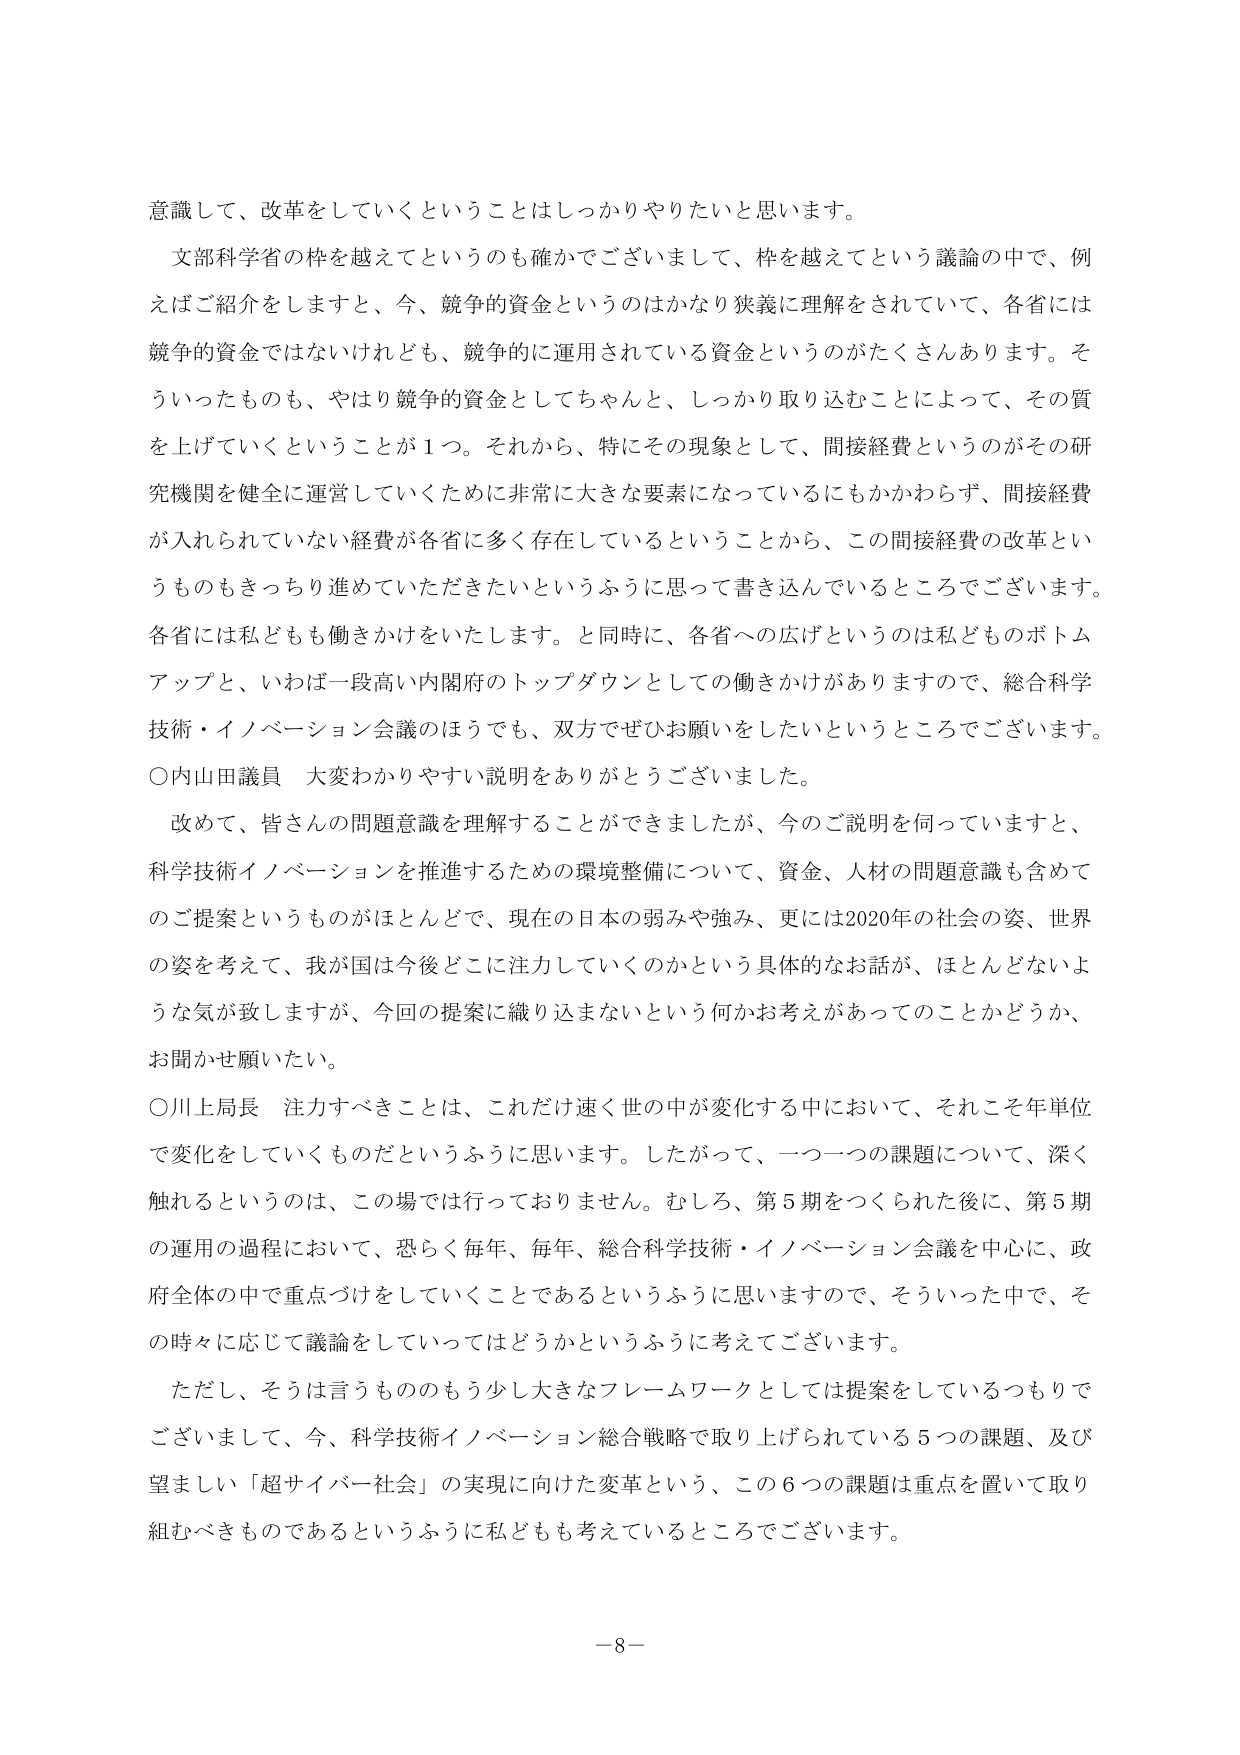
意識して、改革をしていくということはしっかりやりたいと思います。

文部科学省の枠を越えてというのも確かでございまして、枠を越えてという議論の中で、例えばご紹介をしますと、今、競争的資金というのはかなり狭義に理解をされていて、各省には競争的資金ではないけれども、競争的に運用されている資金というのがたくさんあります。そういったものも、やはり競争的資金としてちゃんと、しっかり取り込むことによって、その質を上げていくということが１つ。それから、特にその現象として、間接経費というのがその研究機関を健全に運営していくために非常に大きな要素になっているにもかかわらず、間接経費が入れられていない経費が各省に多く存在しているということから、この間接経費の改革というのもきっちり進めていただきたいというふうに思って書き込んでいるところでございます。各省には私どもも働きかけをいたします。と同時に、各省への広げというのは私どものボトムアップと、いわば一段高い内閣府のトップダウンとしての働きかけがありますので、総合科学技術・イノベーション会議のほうでも、双方でぜひお願いをしたいというところでございます。

○内山田議員　大変わかりやすい説明をありがとうございました。

改めて、皆さんの問題意識を理解することができましたが、今のご説明を伺っていますと、科学技術イノベーションを推進するための環境整備について、資金、人材の問題意識も含めてのご提案というものがほとんどで、現在の日本の弱みや強み、更には2020年の社会の姿、世界の姿を考えて、我が国は今後どこに注力していくのかという具体的なお話が、ほとんどないような気が致しますが、今回の提案に織り込まれないという何かお考えがあってのことかどうか、お聞かせ願いたい。

○川上局長　注力すべきことは、これだけ速く世の中が変化する中において、それこそ年単位で変化をしていくものだというふうに思います。したがって、一つ一つの課題について、深く触れるというのは、この場では行っておりません。むしろ、第5期をつくられた後に、第5期の運用の過程において、恐らく毎年、毎年、総合科学技術・イノベーション会議を中心に、政府全体の中で重点づけをしていくことであるというふうに思いますので、そういった中で、その時々に応じて議論をしていってはどうかというふうに考えてございます。

ただし、そうは言うもののもう少し大きなフレームワークとしては提案をしているつもりでございまして、今、科学技術イノベーション総合戦略で取り上げられている5つの課題、及び望ましい「超サイバー社会」の実現に向けた変革という、この6つの課題は重点を置いて取り組むべきものであるというふうに私どもも考えているところでございます。

—8—